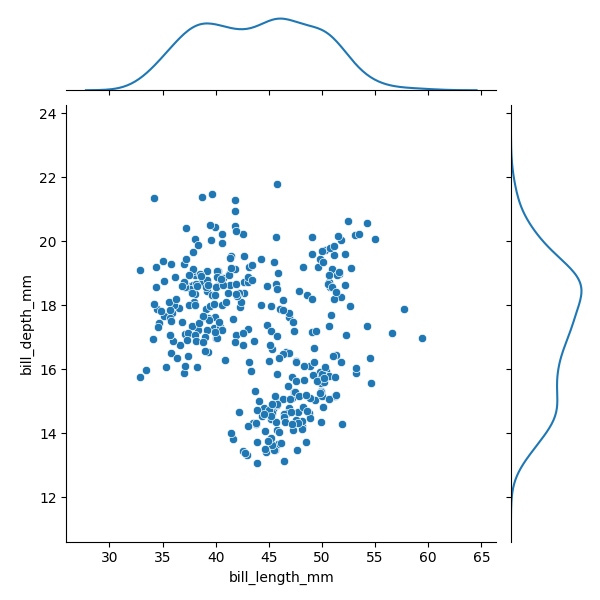
python, seaborn, JointGrid, scatterplot, kdeplot